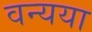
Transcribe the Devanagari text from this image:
वन्यया